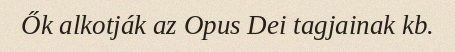
Ők alkotják az Opus Dei tagjainak kb.